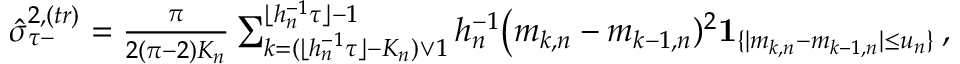
\begin{array} { r } { \hat { \sigma } _ { \tau - } ^ { 2 , ( t r ) } = \frac { \pi } { 2 ( \pi - 2 ) K _ { n } } \sum _ { k = ( \lfloor h _ { n } ^ { - 1 } \tau \rfloor - K _ { n } ) \vee 1 } ^ { \lfloor h _ { n } ^ { - 1 } \tau \rfloor - 1 } h _ { n } ^ { - 1 } \big ( m _ { k , n } - m _ { k - 1 , n } ) ^ { 2 } \mathbf { 1 } _ { \{ | m _ { k , n } - m _ { k - 1 , n } | \le u _ { n } \} } \, , } \end{array}